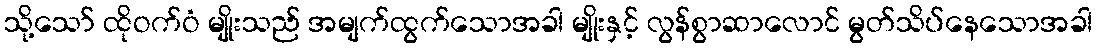
သို့သော် ထိုဝက်ဝံ မျိုးသည် အမျက်ထွက်သောအခါ မျိုးနှင့် လွန်စွာဆာလောင် မွတ်သိပ်နေသောအခါ